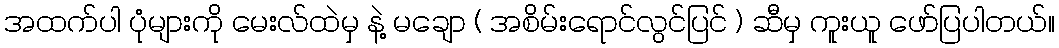
အထက်ပါ ပုံများကို မေးလ်ထဲမှ နဲ့ မချော ( အစိမ်းရောင်လွင်ပြင် ) ဆီမှ ကူးယူ ဖော်ပြပါတယ်။